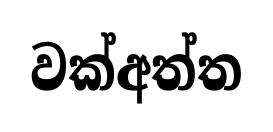
වක්අත්ත